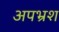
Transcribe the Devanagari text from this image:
अपभ्रश